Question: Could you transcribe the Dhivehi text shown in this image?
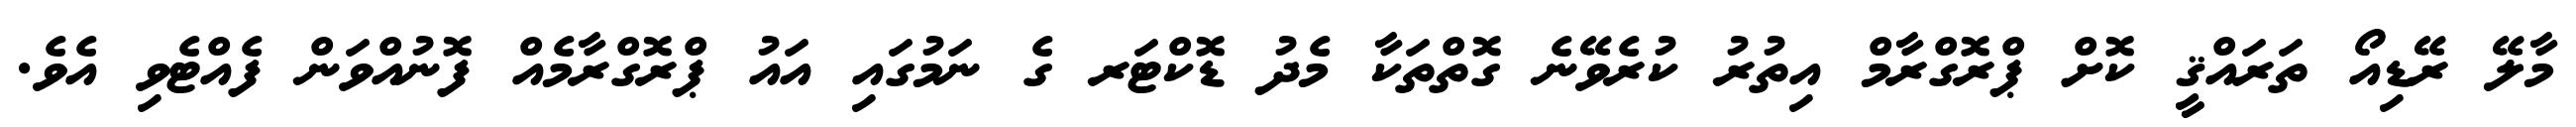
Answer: މާލޭ ރޭޑިއޯ ތަރައްޤީ ކޮށް ޕްރޮގްރާމް އިތުރު ކުރެވޭނެ ގޮތްތަކާ މެދު ޑޮކްޓަރ ގެ ނަމުގައި އައު ޕްރޮގްރާމެއް ފޮނުއްވަން ފެއްޓެވި އެވެ.